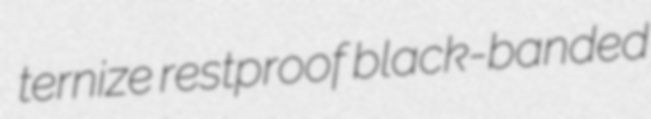
ternize restproof black-banded